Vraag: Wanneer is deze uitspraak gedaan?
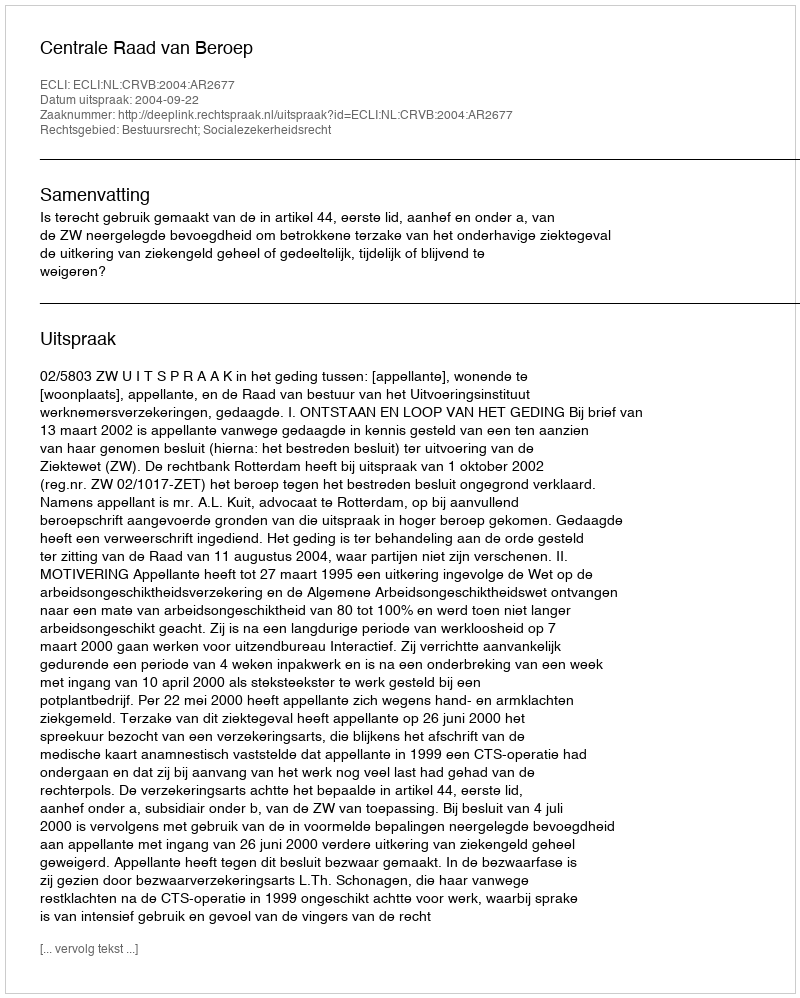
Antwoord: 2004-09-22